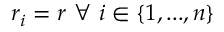
r _ { i } = r \mathrm { ~ } \forall \mathrm { ~ } i \in \{ 1 , . . . , n \}